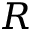
R